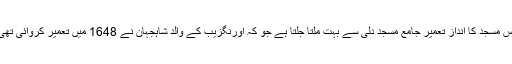
اس مسجد کا انداز تعمیر جامع مسجد دلی سے بہت ملتا جلتا ہے جو کہ اورنگزیب کے والد شاہجہان نے 1648 میں تعمیر کروائی تھی۔